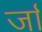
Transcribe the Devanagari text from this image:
र्जा